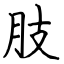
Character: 肢